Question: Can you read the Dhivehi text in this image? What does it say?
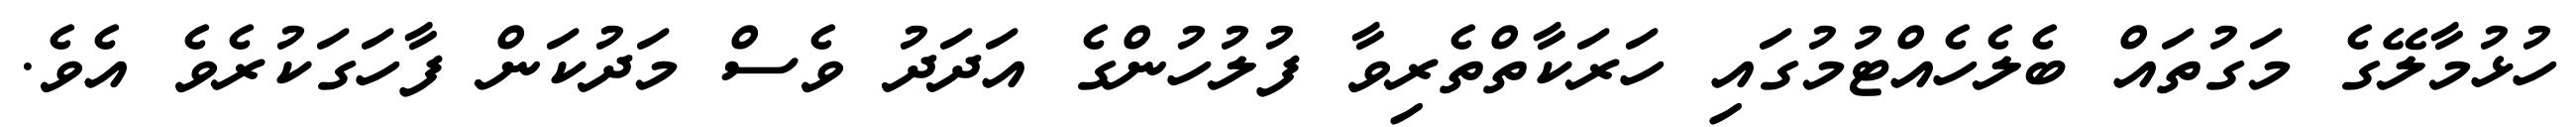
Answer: ހުޅުމާލޭގެ މަގުތައް ބެލެހެއްޓުމުގައި ހަރަކާތްތެރިވާ ފުލުހުންގެ އަދަދު ވެސް މަދުކަން ފާހަގަކުރެވެ އެވެ.